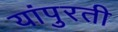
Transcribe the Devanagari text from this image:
यांपुरती